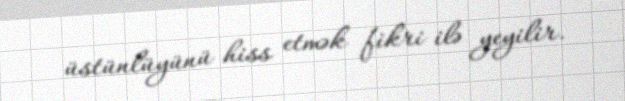
üstünlüyünü hiss etmək fikri ilə yeyilir.